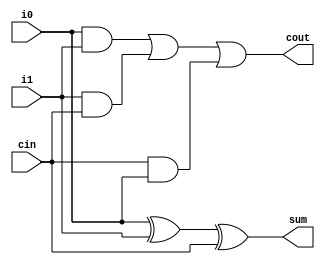
module fa ( input wire i0, i1, cin, output wire sum, cout);
    assign sum = i0 ^ i1 ^ cin;
    assign cout = (i0 & i1) | (i1 & cin) | (cin & i0);
endmodule

module sixtyFourBitAdderSubtractor(
    input wire cin,
    input wire [63:0] onesComp_ip, i0 ,
    output wire [63:0] sum
//     output wire cout
 );

wire [63:0] temp;

genvar i;
generate

for (i=0; i<64; i=i+1)
    begin: generate_64_bit_adder
    if (i==0)
        fa f(i0[0], onesComp_ip[0], cin, sum[0], temp[0]);
    else 
        fa f(i0[i], onesComp_ip[i], temp[i-1], sum[i], temp[i]);
    end
    // assign cout = temp[63];
endgenerate

endmodule